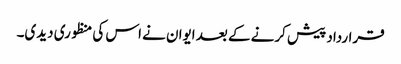
قرارداد پیش کرنے کے بعد ایوان نے اس کی منظوری دیدی۔